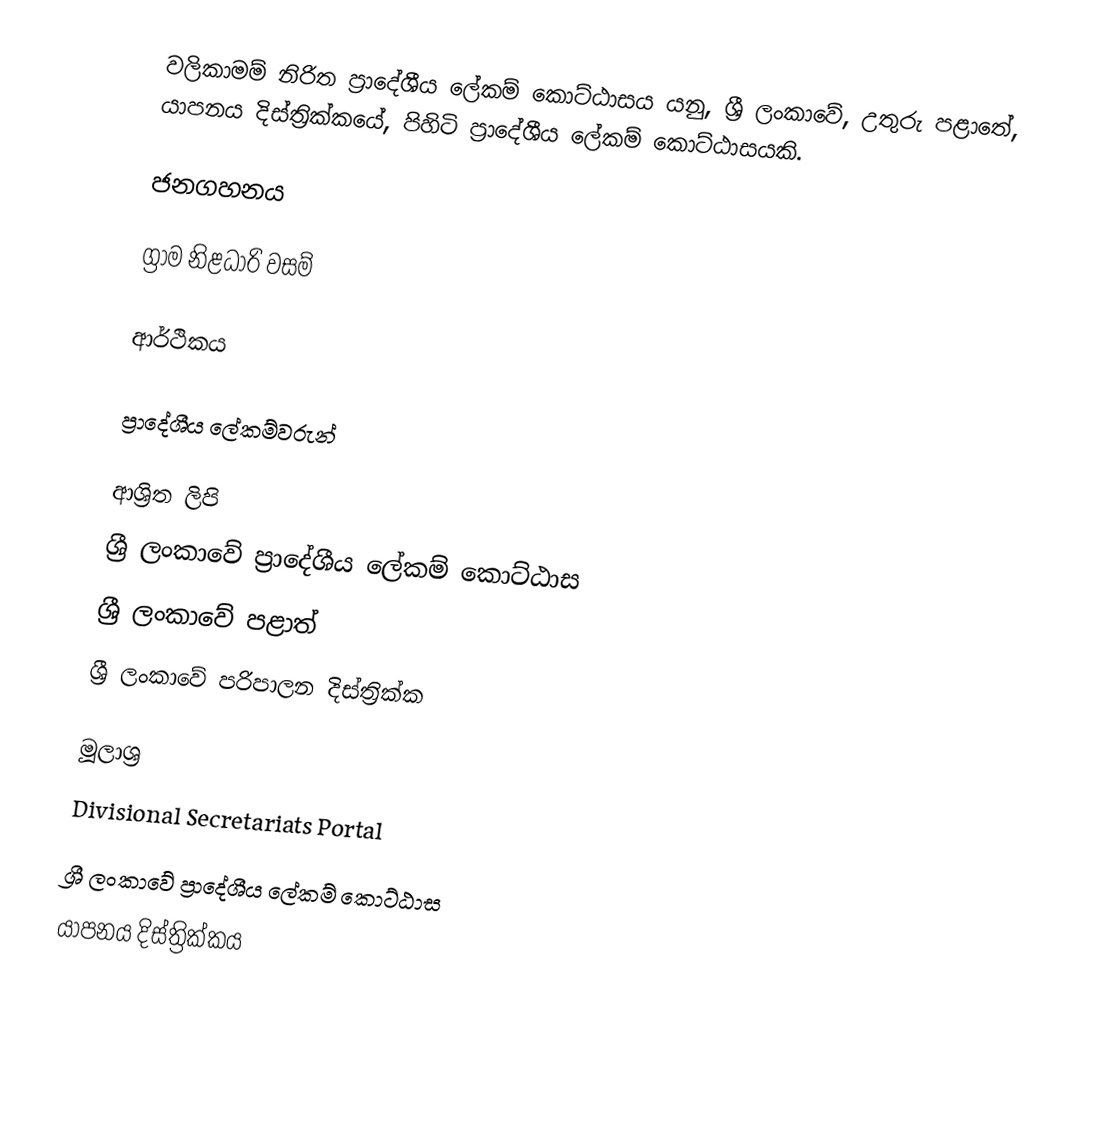
වලිකාමම් නිරිත ප්‍රාදේශීය ලේකම් කොට්ඨාසය යනු,  ශ්‍රී ලංකාවේ, උතුරු පළාතේ,   යාපනය දිස්ත්‍රික්කයේ, පිහිටි ප්‍රාදේශීය ලේකම් කොට්ඨාසයකි.

ජනගහනය

ග්‍රාම නිළධාරි වසම්

ආර්ථිකය

ප්‍රාදේශීය ලේකම්වරුන්

ආශ්‍රිත ලිපි
ශ්‍රී ලංකාවේ ප්‍රාදේශීය ලේකම් කොට්ඨාස
ශ්‍රී ලංකාවේ පළාත්
ශ්‍රී ලංකාවේ පරිපාලන දිස්ත්‍රික්ක

මූලාශ්‍ර
 Divisional Secretariats Portal

ශ්‍රී ලංකාවේ ප්‍රාදේශීය ලේකම් කොට්ඨාස
යාපනය දිස්ත්‍රික්කය